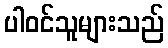
ပါဝင်သူများသည်